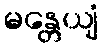
မန္တေယျံ